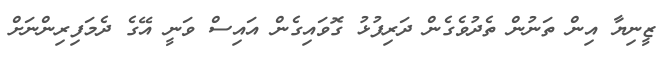
ޒީނިޔާ އިން ތަނުން ތެދުވެގެން ދަރިފުޅު ގޮވައިގެން އައިސް ވަނީ އޭގެ ދެމަފިރިންނަށް